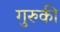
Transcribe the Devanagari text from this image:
गुरुकी